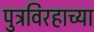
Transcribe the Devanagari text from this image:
पुत्रविरहाच्या